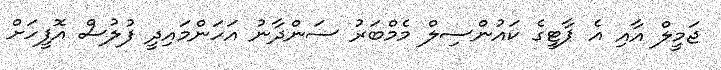
ޖަމީލް އާއި އެ ޕާޓީގެ ކައުންސިލް މެމްބަރު ސަންދާނު އަހަންމައިދީ ފުލުސް އޮފީހަށް